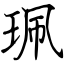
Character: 珮